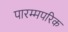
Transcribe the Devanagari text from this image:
पारम्मपरिक